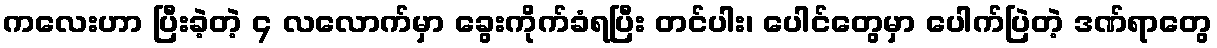
ကလေးဟာ ပြီးခဲ့တဲ့ ၄ လလောက်မှာ ခွေးကိုက်ခံရပြီး တင်ပါး၊ ပေါင်တွေမှာ ပေါက်ပြဲတဲ့ ဒဏ်ရာတွေ